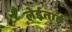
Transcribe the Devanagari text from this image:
लेईताई